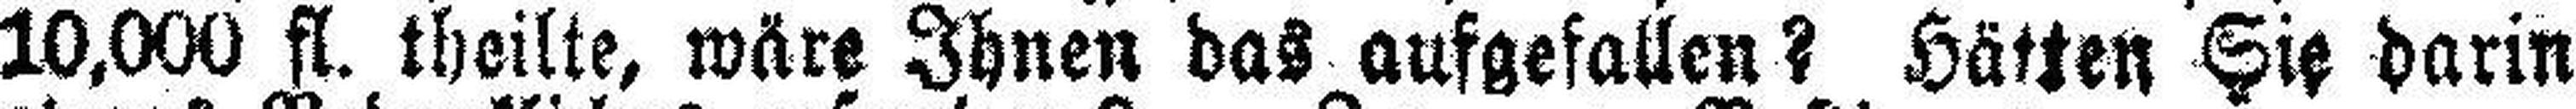
10,000 fl. theilte, wäre Ihnen das ausgefallen? Hätten Sie darin